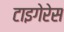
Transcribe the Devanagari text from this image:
टाइगेरेस